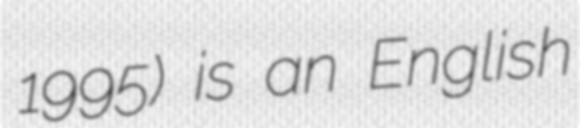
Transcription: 1995) is an English